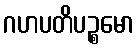
ဂဟပတိပဉ္စမော